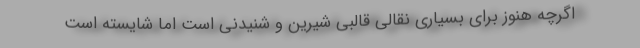
اگرچه هنوز برای بسیاری نقالی قالبی شیرین و شنیدنی است اما شایسته است